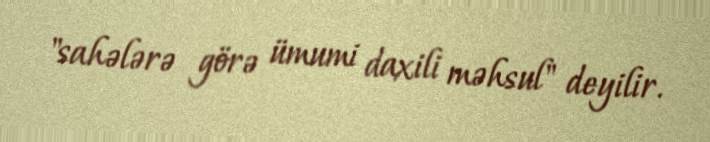
"sahələrə görə ümumi daxili məhsul" deyilir.